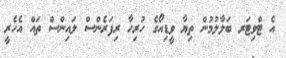
އެ ޓްވިޓަރ ބަލާލުމުން ތިޔާ ވީޑިއޯގެ ހުރިހާ ރިފަރެންސް ލައިންސް ތައްް އެހެރީ